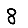
Digit: 8